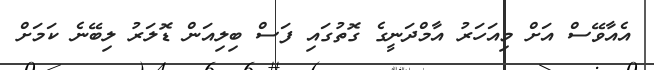
އެއާވޭސް އަށް މިއަހަރު އާމްދަނީގެ ގޮތުގައި ފަސް ބިލިއަން ޑޮލަރު ލިބޭނެ ކަމަށް